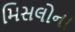
મિસલોના